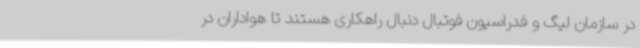
در سازمان لیگ و فدراسیون فوتبال دنبال راهکاری هستند تا هواداران در